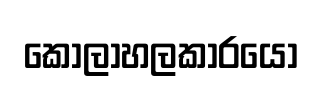
කෝලාහලකාරයො